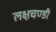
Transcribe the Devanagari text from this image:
लक्षचण्डी